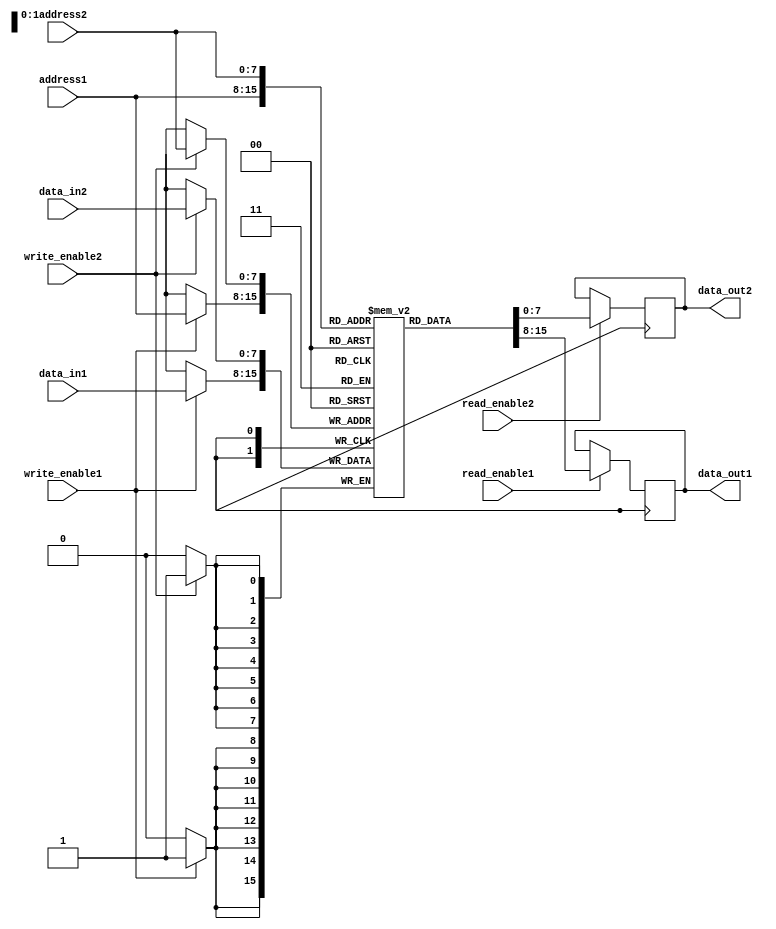
module dual_port_RAM (
  input [7:0] address1,
  input [7:0] data_in1,
  input write_enable1,
  input read_enable1,
  output reg [7:0] data_out1,
  
  input [7:0] address2,
  input [7:0] data_in2,
  input write_enable2,
  input read_enable2,
  output reg [7:0] data_out2
);

reg [7:0] mem [0:255];

always @ (posedge clock) begin
  if (write_enable1) begin
    mem[address1] <= data_in1;
  end
  
  if (read_enable1) begin
    data_out1 <= mem[address1];
  end
end

always @ (posedge clock) begin
  if (write_enable2) begin
    mem[address2] <= data_in2;
  end
  
  if (read_enable2) begin
    data_out2 <= mem[address2];
  end
end

endmodule